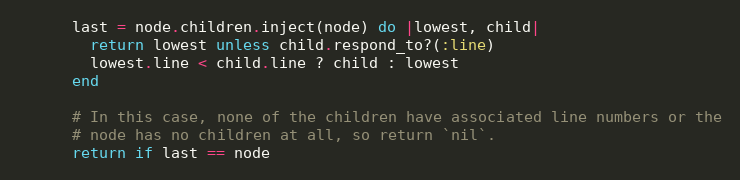
Language: Ruby
      last = node.children.inject(node) do |lowest, child|
        return lowest unless child.respond_to?(:line)
        lowest.line < child.line ? child : lowest
      end

      # In this case, none of the children have associated line numbers or the
      # node has no children at all, so return `nil`.
      return if last == node